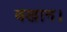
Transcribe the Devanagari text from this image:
बखान।